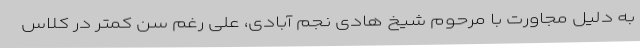
به دلیل مجاورت با مرحوم شیخ هادی نجم آبادی، علی رغم سن کمتر در کلاس